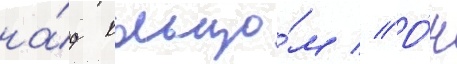
на́д кольцо́м // О́н